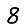
Digit: 8